Scottish Certificate of Education, 1962
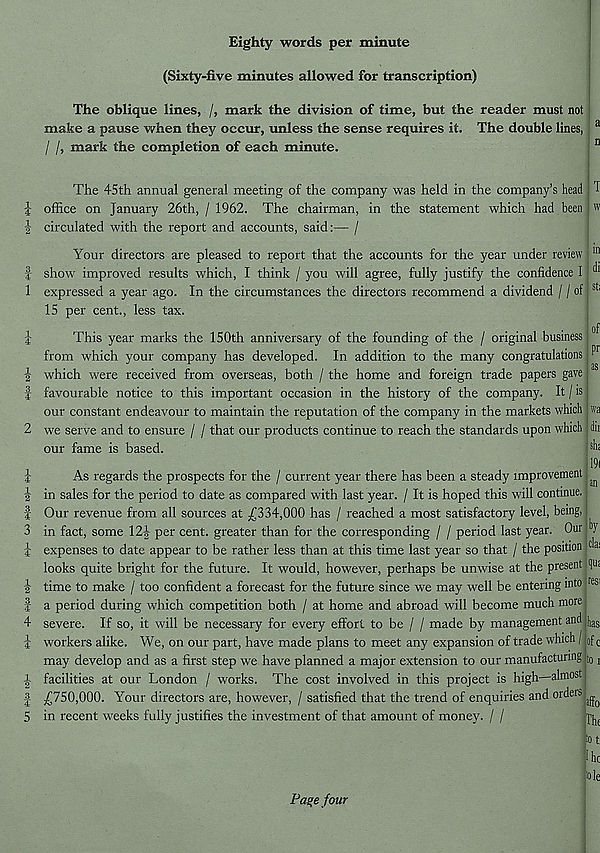
Ln m{m
jH- 1
toh*
CO tf^| w ic!m tHt- 1
to rf^lco toH
Eighty words per minute
(Sixty-five minutes allowed for transcription)
The oblique lines, /, mark the division of time, but the reader must not
make a pause when they occur, unless the sense requires it. The double lines, a
/ /, mark the completion of each minute.
n
The 45th annual general meeting of the company was held in the company’s head T
-4- office on January 26th, / 1962. The chairman, in the statement which had been w
-I circulated with the report and accounts, said:— /
3
4
1
1
4
Your directors are pleased to report that the accounts for the year under review
show improved results which, I think / you will agree, fully justify the confidence I
expressed a year ago. In the circumstances the directors recommend a dividend / / of
15 per cent., less tax.
This year marks the 150th anniversary of the founding of the / original business
from which your company has developed. In addition to the many congratulations
which were received from overseas, both / the home and foreign trade papers gave
favourable notice to this important occasion in the history of the company. It / is
our constant endeavour to maintain the reputation of the company in the markets which
we serve and to ensure / / that our products continue to reach the standards upon which
our fame is based.
As regards the prospects for the / current year there has been a steady improvement
in sales for the period to date as compared with last year. / It is hoped this will continue.
Our revenue from all sources at £334,000 has / reached a most satisfactory level, being,
in fact, some 12-| per cent, greater than for the corresponding / / period last year. Our
expenses to date appear to be rather less than at this time last year so that / the position
looks quite bright for the future. It would, however, perhaps be unwise at the present
time to make / too confident a forecast for the future since we may well be entering into
a period during which competition both / at home and abroad will become much more
severe. If so, it will be necessary for every effort to be / / made by management and
workers alike. We, on our part, have made plans to meet any expansion of trade which /
may develop and as a first step we have planned a major extension to our manufacturing
facilities at our London / works. The cost involved in this project is high almost
£750,000. Your directors are, however, / satisfied that the trend of enquiries and orders
in recent weeks fully justifies the investment of that amount of money. / /
in
di
st;
of
P r
as
wa
dh
shi
19l
an
by
da:
qu:
resi
has
ofc
to 1
iffo
The
tot
I he
'ole
Page four